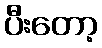
ပီးတော့